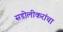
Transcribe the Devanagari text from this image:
सडोलीकरांचा